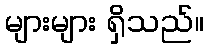
များများ ရှိသည်။